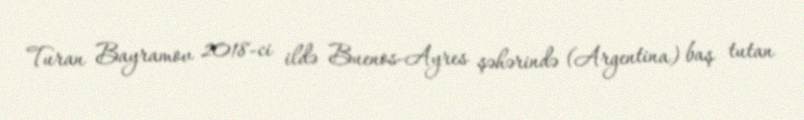
Turan Bayramov 2018-ci ildə Buenos-Ayres şəhərində (Argentina) baş tutan